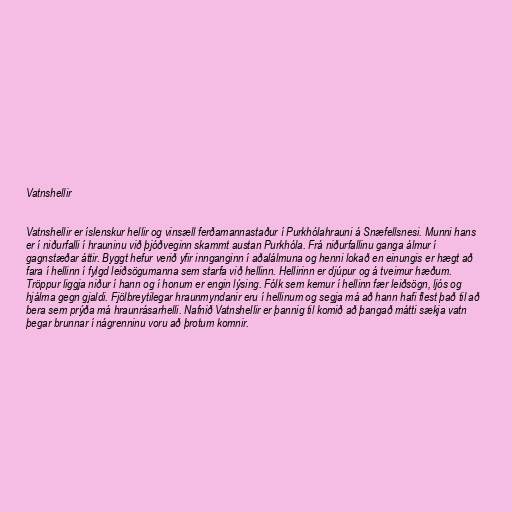
Vatnshellir

Vatnshellir er íslenskur hellir og vinsæll ferðamannastaður í Purkhólahrauni á Snæfellsnesi. Munni hans
er í niðurfalli í hrauninu við þjóðveginn skammt austan Purkhóla. Frá niðurfallinu ganga álmur í
gagnstæðar áttir. Byggt hefur verið yfir innganginn í aðalálmuna og henni lokað en einungis er hægt að
fara í hellinn í fylgd leiðsögumanna sem starfa við hellinn. Hellirinn er djúpur og á tveimur hæðum.
Tröppur liggja niður í hann og í honum er engin lýsing. Fólk sem kemur í hellinn fær leiðsögn, ljós og
hjálma gegn gjaldi. Fjölbreytilegar hraunmyndanir eru í hellinum og segja má að hann hafi flest það til að
bera sem prýða má hraunrásarhelli. Nafnið Vatnshellir er þannig til komið að þangað mátti sækja vatn
þegar brunnar í nágrenninu voru að þrotum komnir.